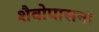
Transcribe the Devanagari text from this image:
शैवोपासना